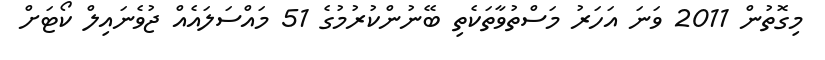
މިގޮތުން 2011 ވަނަ އަހަރު މަސްތުވާތަކެތި ބޭނުންކުރުމުގެ 51 މައްސަލައެއް ޖުވެނައިލް ކޯޓަށް